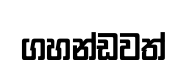
ගහන්ඩවත්